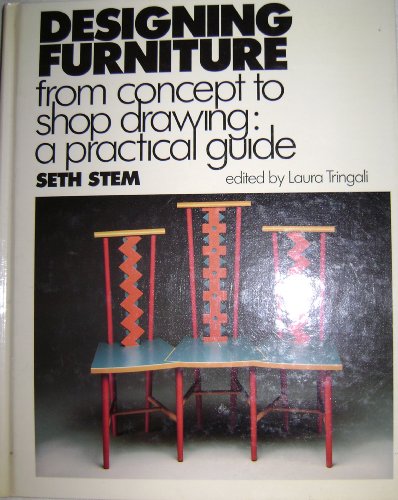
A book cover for Designing Furniture from Concept to Shop Drawing: A Practical Guide; Smith Stem; Arts & Photography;